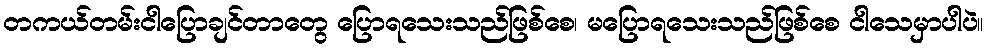
တကယ်တမ်းငါပြောချင်တာတွေ ပြောရသေးသည်ဖြစ်စေ၊ မပြောရသေးသည်ဖြစ်စေ ငါသေမှာပါပဲ။